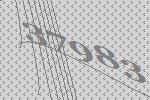
37983